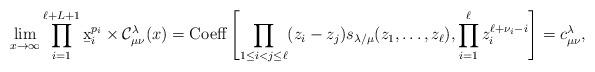
LaTeX: \begin{align*}\lim_{x \rightarrow \infty}\prod_{i=1}^{\ell+L+1} \b{x}_i^{p_i}\times\mathcal{C}^{\lambda}_{\mu\nu}(x)={\rm Coeff}\left[\prod_{1 \leq i<j \leq \ell}(z_i-z_j)s_{\lambda/\mu}(z_1,\dots,z_\ell),\prod_{i=1}^{\ell}z_i^{\ell+\nu_i-i}\right]=c^{\lambda}_{\mu\nu},\end{align*}